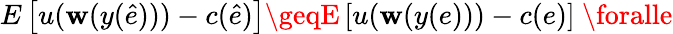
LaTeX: E\left[u(\mathbf{w}(y({\hat{{e}}})))-c({\hat{{e}}})\right]\geqE\left[u(\mathbf{w}(y(e)))-c(e)\right]\ \foralle